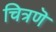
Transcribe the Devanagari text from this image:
चित्रणॆ